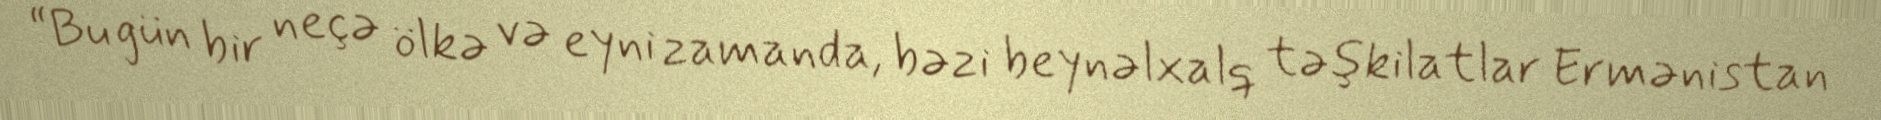
“Bu gün bir neçə ölkə və eyni zamanda, bəzi beynəlxalq təşkilatlar Ermənistan